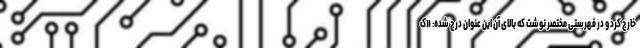
خارج کرد و در فهرستی مختصر نوشت که بالای آن این عنوان درج شده: «ک